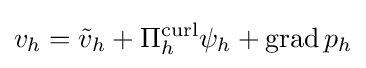
v_{h}={\tilde {v}}_{h}+\Pi _{h}^{\operatorname {curl} }\psi _{h}+\operatorname {grad} p_{h}